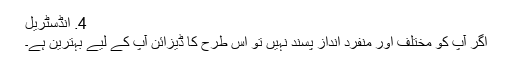
4. ​انڈسٹریل
اگر آپ کو مختلف اور منفرد انداز پسند نہیں تو اس طرح کا ڈیزائن آپ کے لیے بہترین ہے۔